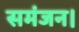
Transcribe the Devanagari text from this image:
समंजन।